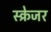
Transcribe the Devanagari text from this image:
स्क्रेजर